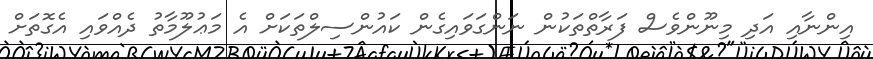
އިންނާއި އަދި މިނޫންވެސް ފަރާތްތަކުން ނަންގަވައިގެން ކައުންސިލްތަކަށް އެ މަޢުލޫމާތު ދެއްވައި އެގޮތަށް